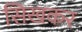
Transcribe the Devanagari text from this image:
सिखकर